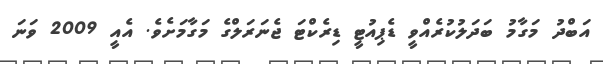
އަބްދު މަގާމު ބަދަލުކުރެއްވީ ޑެޕިއުޓީ ޑިރެކްޓަ ޖެނަރަލްގެ މަގާމަށެވެ. އެއީ 2009 ވަަނަ